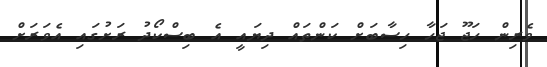
ވެރިން ހަޖޫ ޖަހާ ހިސާބަށް ކަންތައް ދިޔައީ އެ ބިސްކޯދު ރަށުގައި އެވަރަށް